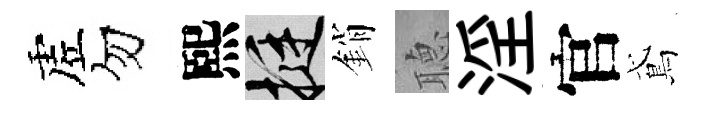
虗勿熙挺銷𦗟淫官鳶